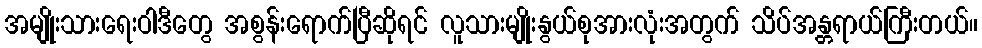
အမျိုးသားရေးဝါဒီတွေ အစွန်းရောက်ပြီဆိုရင် လူသားမျိုးနွယ်စုအားလုံးအတွက် သိပ်အန္တရာယ်ကြီးတယ်။